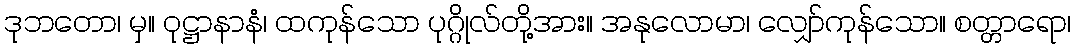
ဒုဘတော၊ မှ။ ဝုဋ္ဌာနာနံ၊ ထကုန်သော ပုဂ္ဂိုလ်တို့အား။ အနုလောမာ၊ လျှော်ကုန်သော။ စတ္တာရော၊